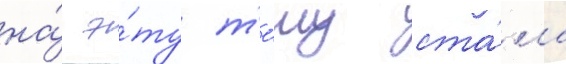
на́ э́ту т'е́му ста́ла